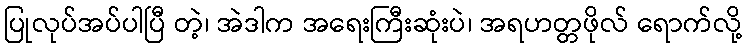
ပြုလုပ်အပ်ပါပြီ တဲ့၊ အဲဒါက အရေးကြီးဆုံးပဲ၊ အရဟတ္တဖိုလ် ရောက်လို့